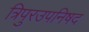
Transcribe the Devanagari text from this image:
त्रिपुरउपनिषद